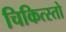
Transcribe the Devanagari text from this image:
चिकित्स्तो